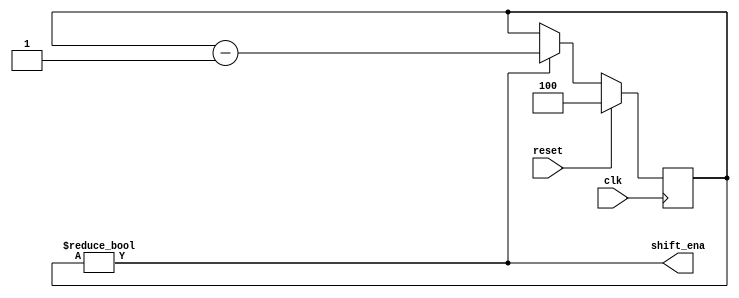
module top_module #(
    parameter           MAX = 4,
    parameter           N = $clog2(MAX + 1)
)(
    input               clk,
    input               reset,
    output              shift_ena
);

    reg     [N - 1:0]   counter;

    always @(posedge clk) begin
        if(reset) begin
            counter <= MAX[N - 1:0];
        end else if (counter != '0)
            counter <= counter - 1'b1;
    end

    assign shift_ena = (counter != '0);

endmodule